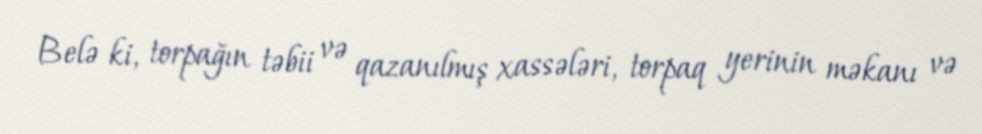
Belə ki, torpağın təbii və qazanılmış xassələri, torpaq yerinin məkanı və